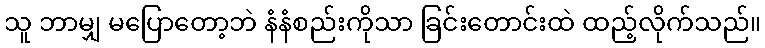
သူ ဘာမျှ မပြောတော့ဘဲ နံနံစည်းကိုသာ ခြင်းတောင်းထဲ ထည့်လိုက်သည်။